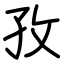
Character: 孜